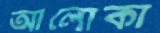
আলোকা